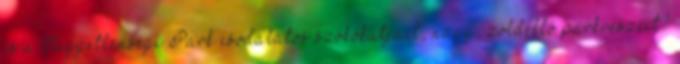
és a Függetlenségi Park csodálatos szökőkútjait, nagy, zöldellő parkrészeit?